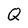
Character: Q